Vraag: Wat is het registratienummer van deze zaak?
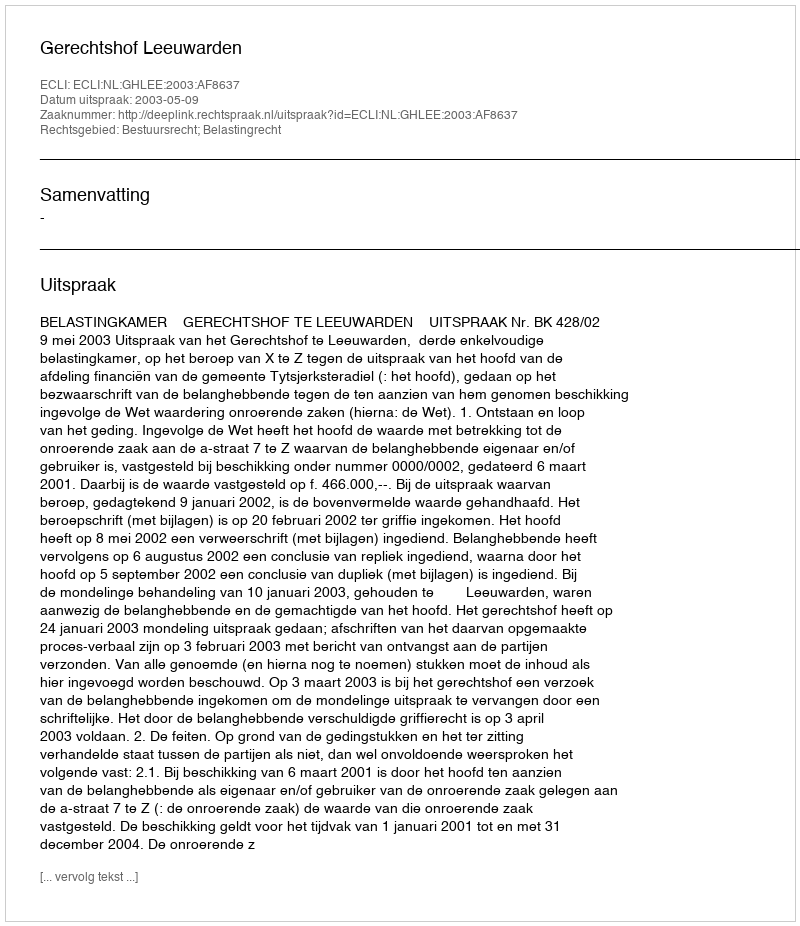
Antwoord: http://deeplink.rechtspraak.nl/uitspraak?id=ECLI:NL:GHLEE:2003:AF8637